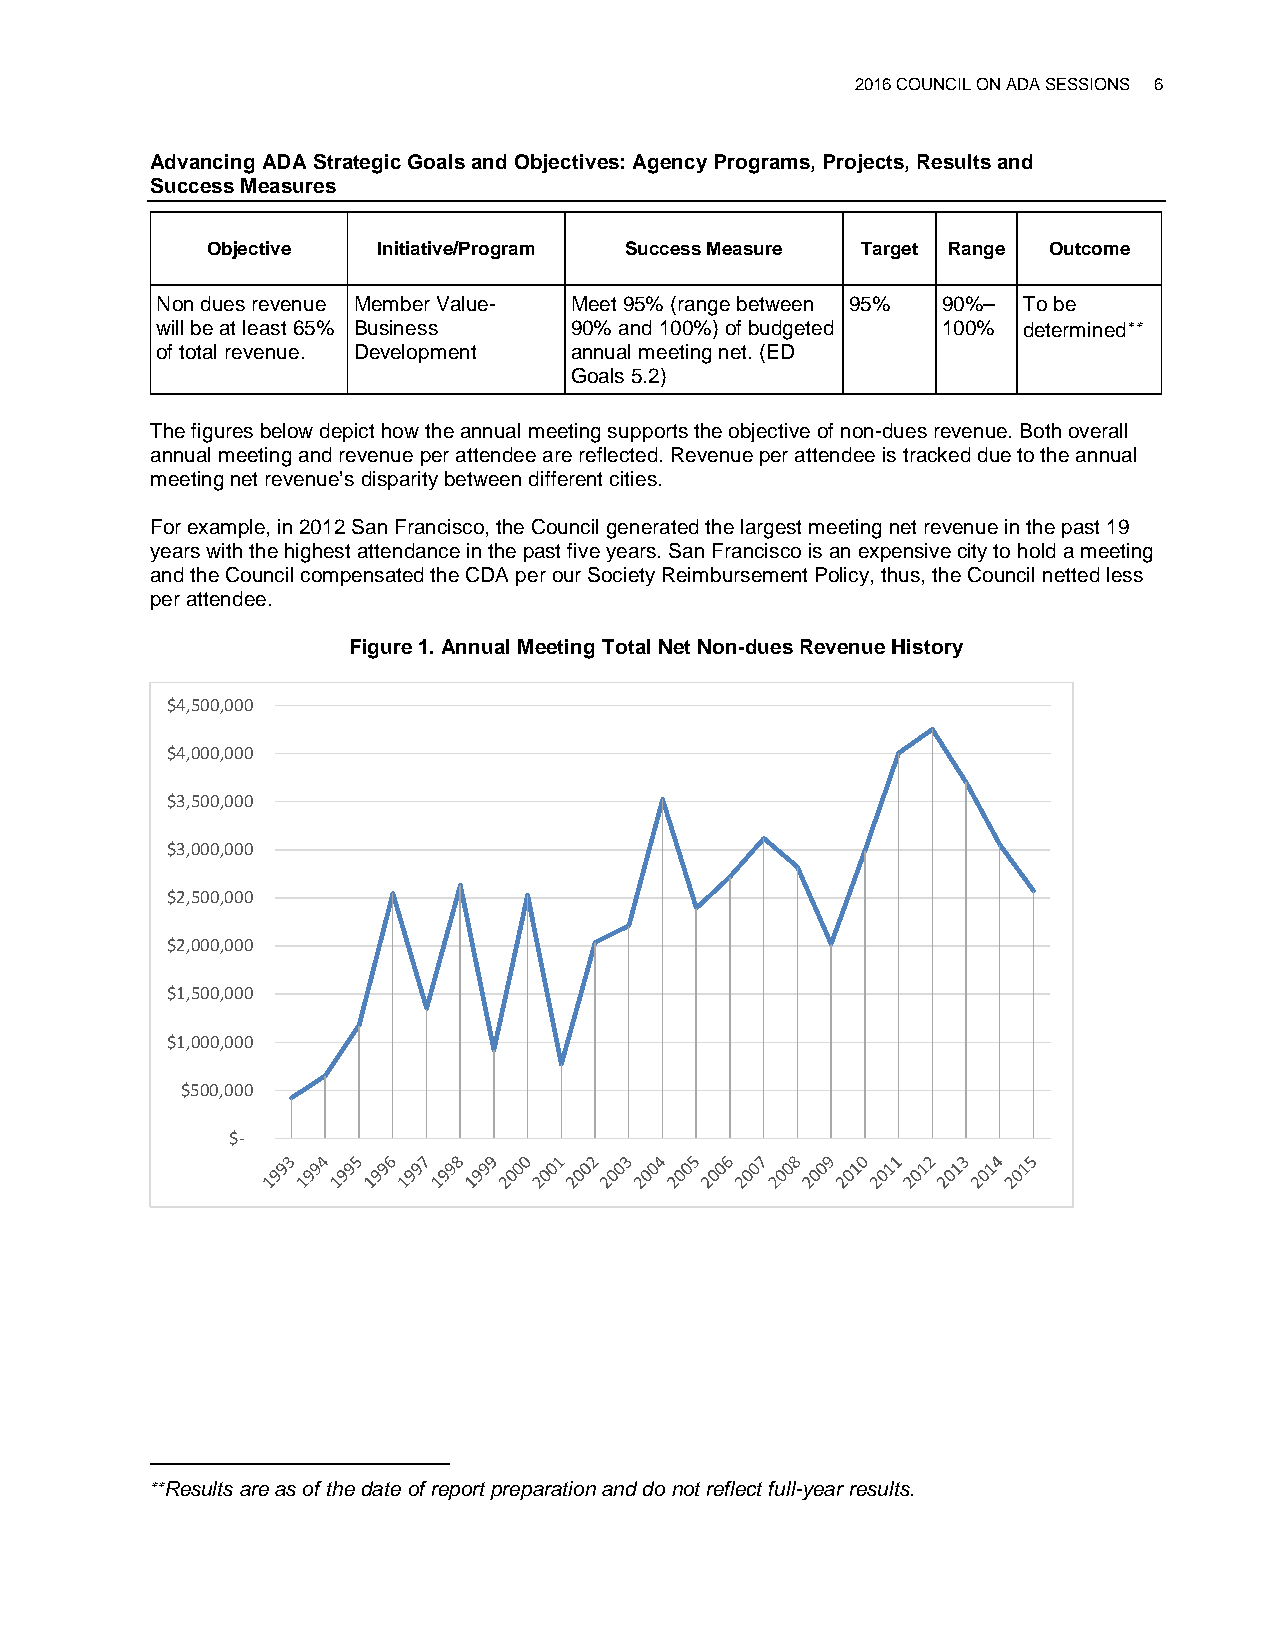
2016 COUNCIL ON ADA SESSIONS 6
 Advancing ADA Strategic Goals and Objectives: Agency Programs, Projects, Results and
 Success Measures
 Objective  Initiative/Program Success Measure Target Range Outcome
 Non dues revenue Member Value- Meet 95% (range between 95% 90%– To be
 will be at least 65% Business 90% and 100%) of budgeted 100% determined∗∗
 of total revenue. Development annual meeting net. (ED
 Goals 5.2)
 The figures below depict how the annual meeting supports the objective of non-dues revenue. Both overall
 annual meeting and revenue per attendee are reflected. Revenue per attendee is tracked due to the annual
 meeting net revenue’s disparity between different cities.
 For example, in 2012 San Francisco, the Council generated the largest meeting net revenue in the past 19
 years with the highest attendance in the past five years. San Francisco is an expensive city to hold a meeting
 and the Council compensated the CDA per our Society Reimbursement Policy, thus, the Council netted less
 per attendee.
 Figure 1. Annual Meeting Total Net Non-dues Revenue History
 $4,500,000
 $4,000,000
 $3,500,000
 $3,000,000
 $2,500,000
 $2,000,000
 $1,500,000
 $1,000,000
 $500,000
 $-
 ∗∗Results are as of the date of report preparation and do not reflect full-year results.